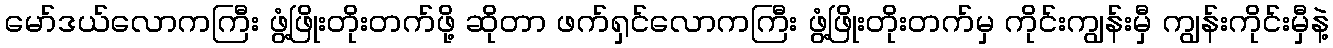
မော်ဒယ်လောကကြီး ဖွံ့ဖြိုးတိုးတက်ဖို့ ဆိုတာ ဖက်ရှင်လောကကြီး ဖွံ့ဖြိုးတိုးတက်မှ ကိုင်းကျွန်းမှီ ကျွန်းကိုင်းမှီနဲ့